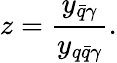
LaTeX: z=\frac{y_{\bar{q}\gamma}}{y_{q\bar{q}\gamma}}.